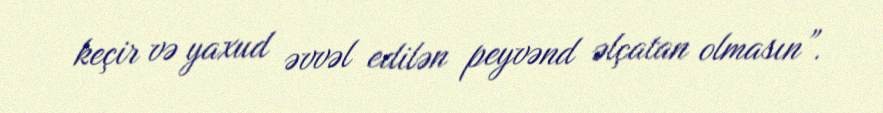
keçir və yaxud əvvəl edilən peyvənd əlçatan olmasın”.